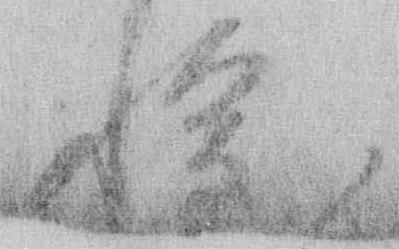
惶